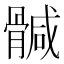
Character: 𩩴